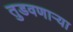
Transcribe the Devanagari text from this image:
तुडवणाऱ्या